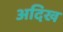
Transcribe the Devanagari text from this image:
अदिख